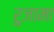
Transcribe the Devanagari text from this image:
रुजामा